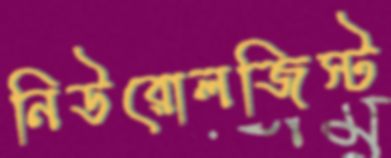
নিউরোলজিস্ট